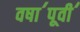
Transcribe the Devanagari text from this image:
वषा॔पूवी॔